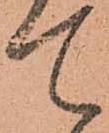
て